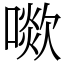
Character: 㗵